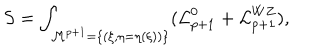
S = \int _ { { \cal M } ^ { p + 1 } = \{ ( \xi , \eta = \eta ( \xi ) ) \} } ( { \cal L } _ { p + 1 } ^ { 0 } + { \cal L } _ { p + 1 } ^ { W Z } ) ,